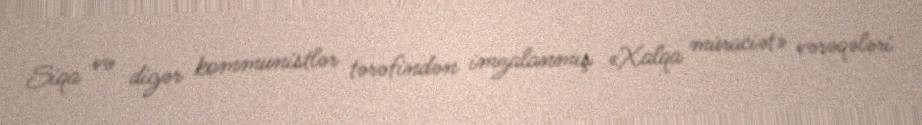
Siqa və digər kommunistlər tərəfindən imzalanmış «Xalqa müraciət» vərəqələri